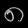
Digit: ၈